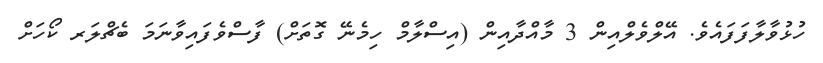
ހުޅުވާލާފަފައެވެ. އޭލްވެލްއިން 3 މާއްދާއިން (އިސްލާމް ހިމެނޭ ގޮތަށް) ފާސްވެފައިވާނަމަ ބެޗްލަރ ކޯހަށް